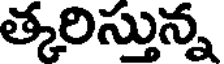
త్కరిస్తున్న